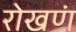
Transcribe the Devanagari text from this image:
रोखणं